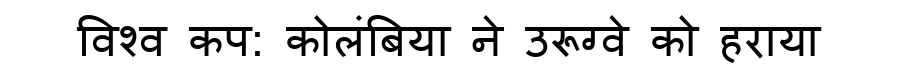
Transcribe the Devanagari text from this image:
विश्व कप: कोलंबिया ने उरूग्वे को हराया